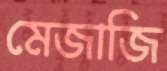
মেজাজি